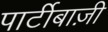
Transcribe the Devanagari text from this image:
पार्टीबाज़ी